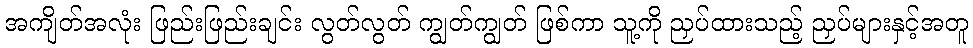
အကျိတ်အလုံး ဖြည်းဖြည်းချင်း လွတ်လွတ် ကျွတ်ကျွတ် ဖြစ်ကာ သူ့ကို ညှပ်ထားသည့် ညှပ်များနှင့်အတူ